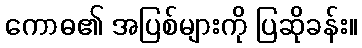
ကောဓ၏ အပြစ်များကို ပြဆိုခန်း။